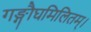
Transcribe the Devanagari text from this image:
गङ्गौघमिलितम्।